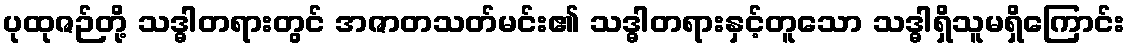
ပုထုဇဉ်တို့ သဒ္ဓါတရားတွင် အဇာတသတ်မင်း၏ သဒ္ဓါတရားနှင့်တူသော သဒ္ဓါရှိသူမရှိကြောင်း